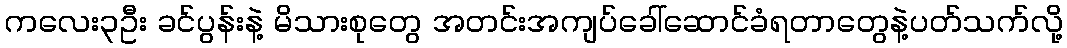
ကလေး၃ဦး ခင်ပွန်းနဲ့ မိသားစုတွေ အတင်းအကျပ်ခေါ်ဆောင်ခံရတာတွေနဲ့ပတ်သက်လို့